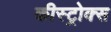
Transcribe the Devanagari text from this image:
कीस्ट्रोक्स